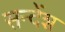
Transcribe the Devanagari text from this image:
सन्देंश